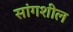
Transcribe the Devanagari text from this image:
सांगशील